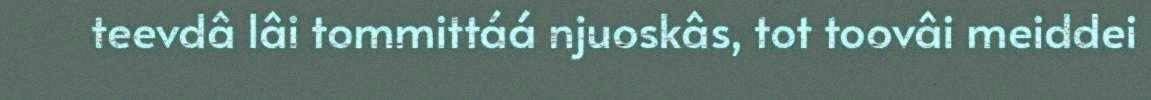
teevdâ lâi tommittáá njuoskâs, tot toovâi meiddei